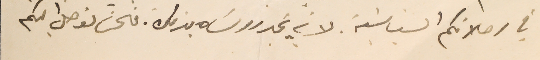
في رحلاتكم السَياسَية. لانه يخبر روسَاه بذلك. فنحن نوصل اليكم